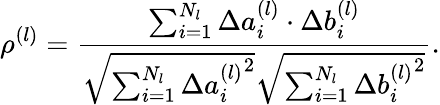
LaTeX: \rho^{(l)}=\frac{\sum_{i=1}^{N_{l}}\Delta a_{i}^{(l)}\cdot\Delta b_{i}^{(l)}}{\sqrt{\sum_{i=1}^{N_{l}}\Delta{a_{i}^{(l)}}^{2}}\sqrt{\sum_{i=1}^{N_{l}}\Delta{b_{i}^{(l)}}^{2}}}.